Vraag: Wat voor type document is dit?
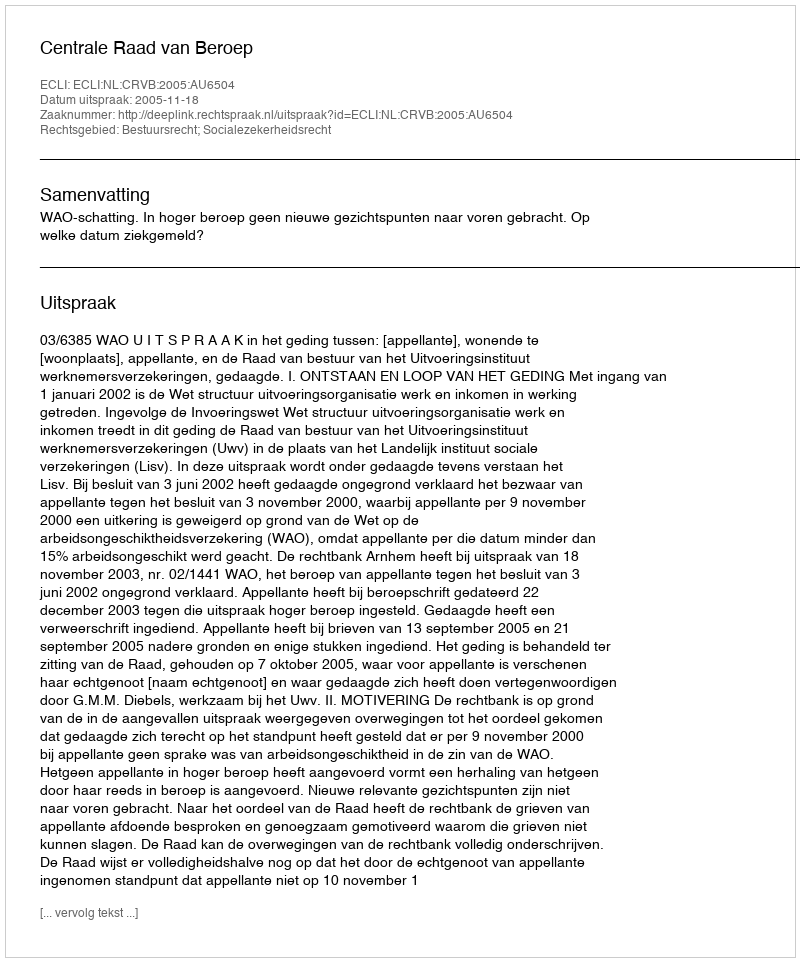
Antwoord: Uitspraak